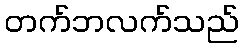
တက်ဘလက်သည်